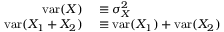
\begin{array} { r l } { \operatorname { v a r } ( X ) } & { { } \equiv \sigma _ { X } ^ { 2 } } \\ { \operatorname { v a r } ( X _ { 1 } + X _ { 2 } ) } & { { } \equiv \operatorname { v a r } ( X _ { 1 } ) + \operatorname { v a r } ( X _ { 2 } ) } \end{array}